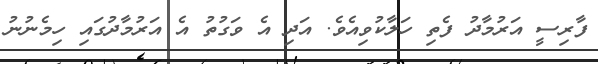
ފާރިސީ އަރުމާދު ފެތި ހަލާކުވިއެވެ. އަދި އެ ވަގުތު އެ އަރުމާދުގައި ހިމެނުނު